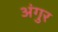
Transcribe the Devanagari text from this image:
अंगुर